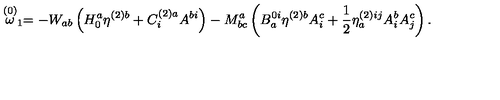
\stackrel { ( 0 ) } { \omega } _ { 1 } = - W _ { a b } \left( H _ { 0 } ^ { a } \eta ^ { ( 2 ) b } + C _ { i } ^ { ( 2 ) a } A ^ { b i } \right) - M _ { b c } ^ { a } \left( B _ { a } ^ { 0 i } \eta ^ { ( 2 ) b } A _ { i } ^ { c } + \frac { 1 } { 2 } \eta _ { a } ^ { ( 2 ) i j } A _ { i } ^ { b } A _ { j } ^ { c } \right) .